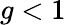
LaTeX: g<1